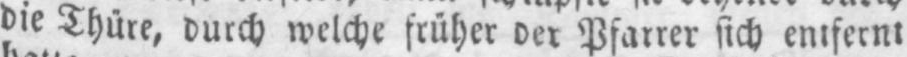
die Thüre, durch welche früher der Pfarrer sich entfernt